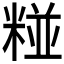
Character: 𮵻